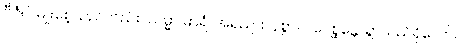
ဗီဇံပိ၊ မျိုးစေ့သည်လည်း။ သမ္မာ ဓာရံ၊ အရည်ထန်စွာ။ ပဝေစ္ဆန္တေ၊ ရွာသည်ရှိသော်။